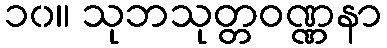
၁၀။ သုဘသုတ္တဝဏ္ဏနာ